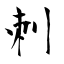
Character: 刺